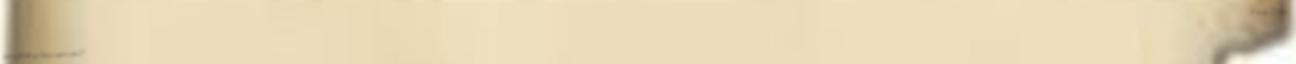
mint új kertbe az első jó magot vetni?’’ Kodály Zoltán